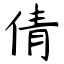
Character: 倩